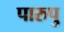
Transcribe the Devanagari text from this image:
पारुपु